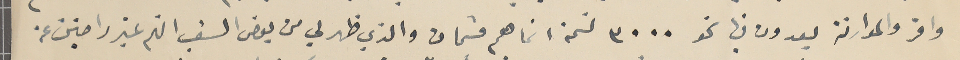
وافر والموارنة يعدون فيها نحو ٣٠٠٠ نسمة انما هم قسمان والذي ظهر لي من بعض الشعب انهم غير راضيين عن